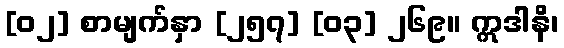
[၀၂] စာမျက်နှာ [၂၅၇] [၀၃] ၂၆၉။ ဣဒါနိ၊